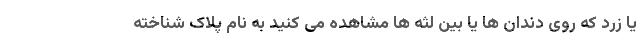
یا زرد که روی دندان ها یا بین لثه ها مشاهده می کنید به نام پلاک شناخته